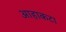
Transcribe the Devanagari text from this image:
आहाकटा